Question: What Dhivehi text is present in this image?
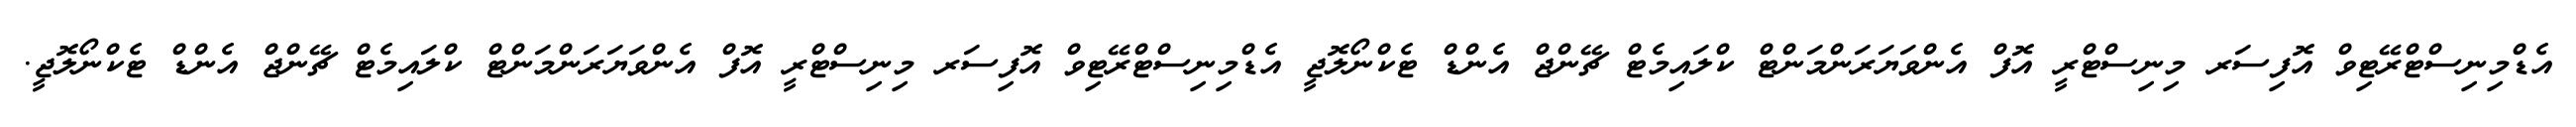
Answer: އެޑްމިނިސްޓްރޭޓިވް އޮފިސަރ މިނިސްޓްރީ އޮފް އެންވަޔަރަންމަންޓް ކްލައިމެޓް ޗޭންޖް އެންޑް ޓެކްނޯލޮޖީ އެޑްމިނިސްޓްރޭޓިވް އޮފިސަރ މިނިސްޓްރީ އޮފް އެންވަޔަރަންމަންޓް ކްލައިމެޓް ޗޭންޖް އެންޑް ޓެކްނޯލޮޖީ.